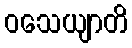
ဝသေယျာတိ